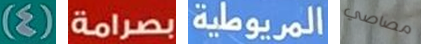
(4) بصرامة المريوطية مصاصي